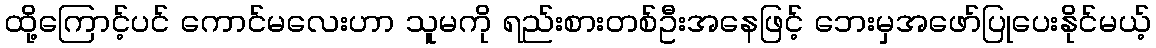
ထို့ကြောင့်ပင် ကောင်မလေးဟာ သူမကို ရည်းစားတစ်ဦးအနေဖြင့် ဘေးမှအဖော်ပြုပေးနိုင်မယ့်